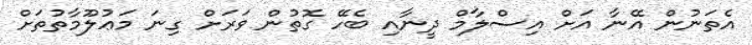
އެތަނުން އޭނާ އަށް އިސްލާމް ދީނާއި ބެހޭ ގޮތުން ވަރަށް ގިނަ މަޢުލޫމާތުތަށް